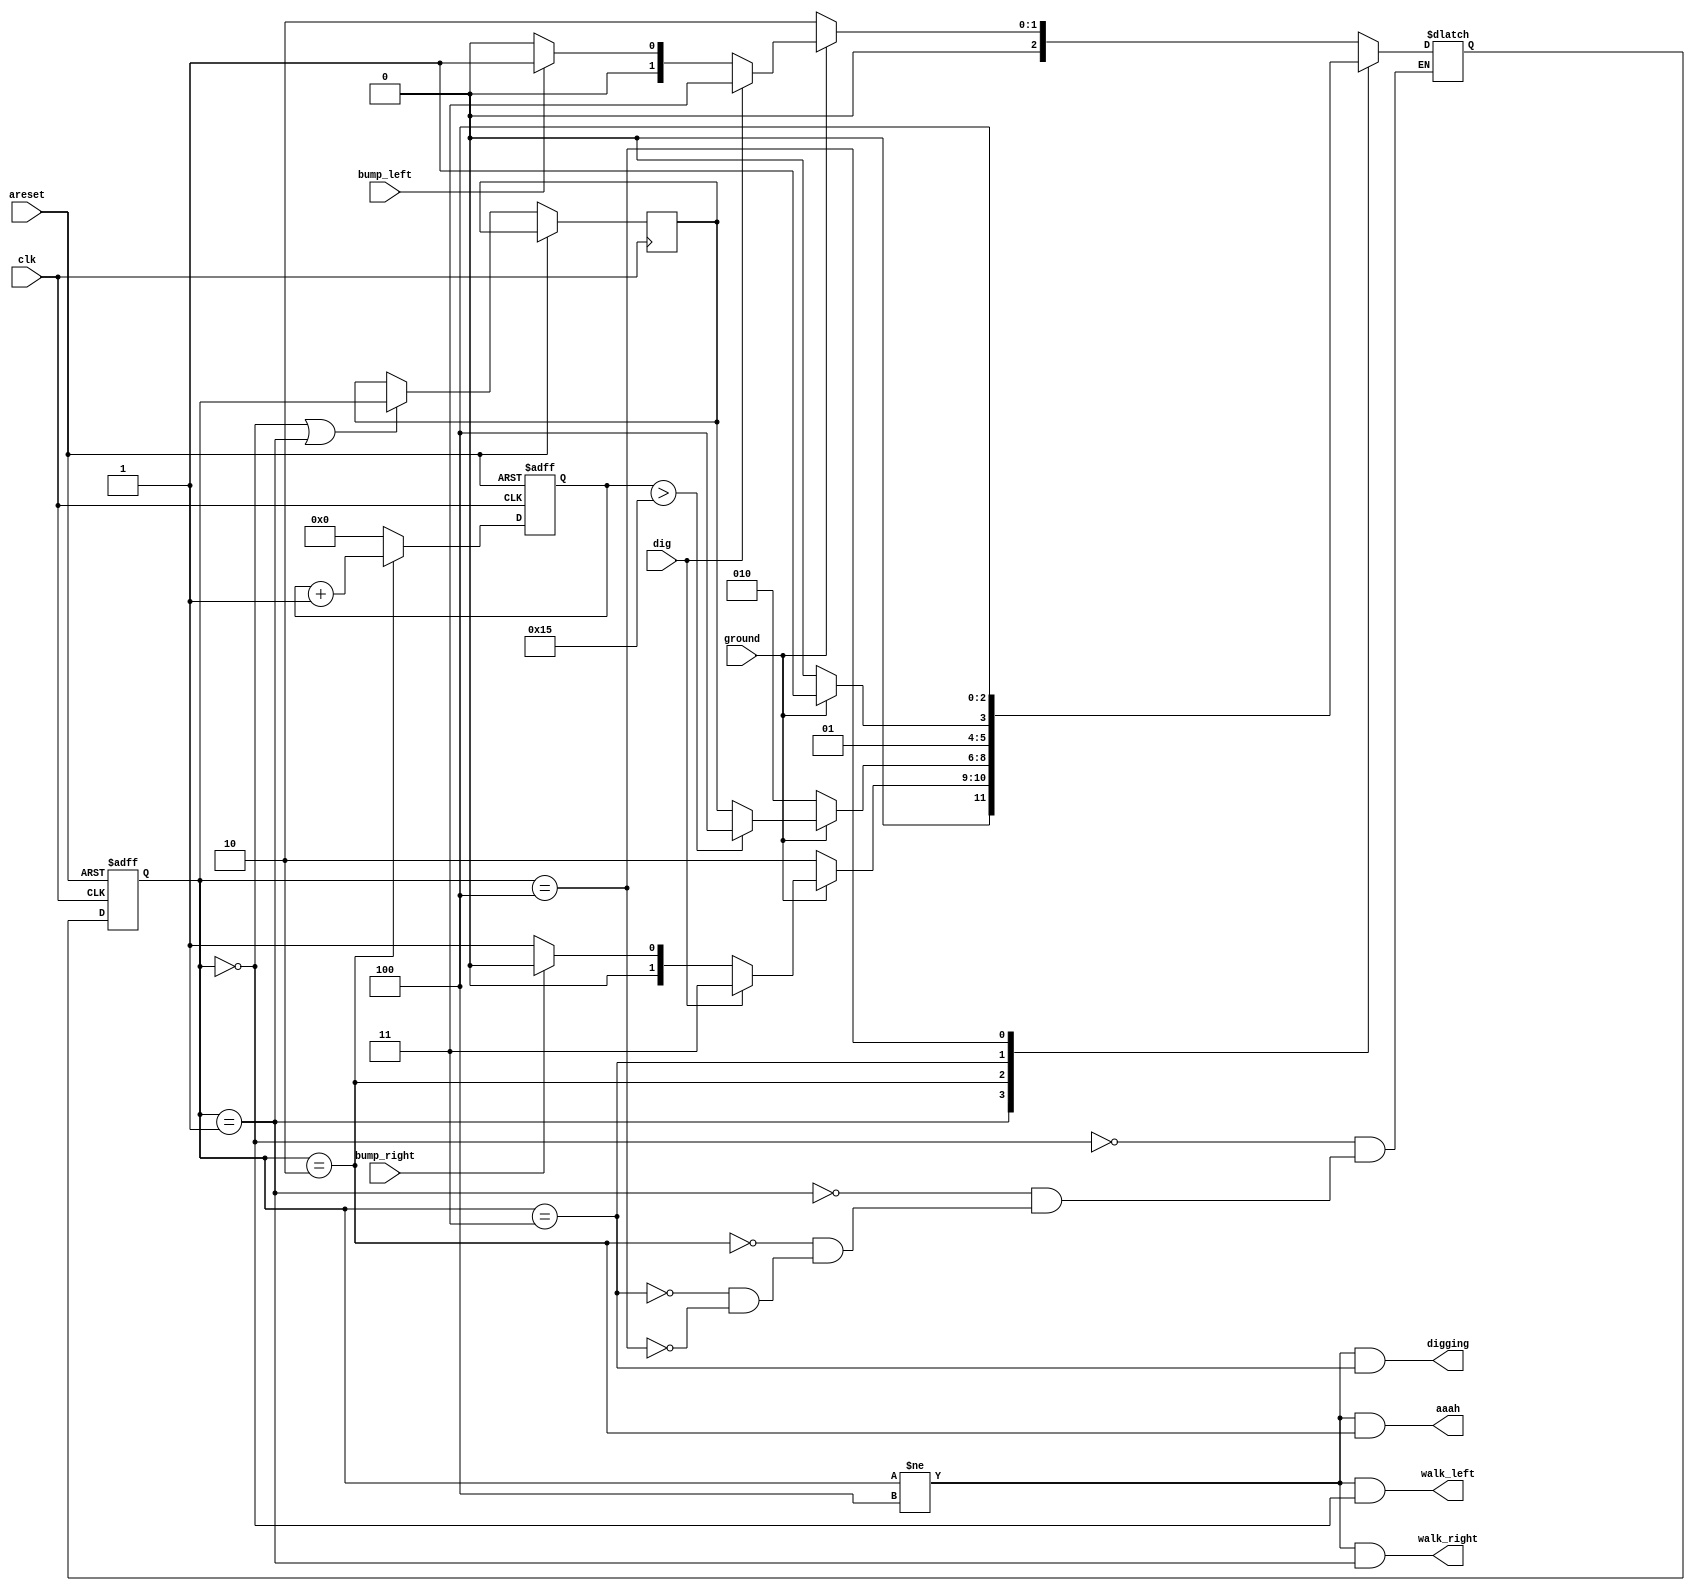
module top_module(
    input clk,
    input areset,    // Freshly brainwashed Lemmings walk left.
    input bump_left,
    input bump_right,
    input ground,
    input dig,
    output walk_left,
    output walk_right,
    output aaah,
    output digging 
); 

    reg [2:0] state, next_state, last_state;
    reg [4:0] counter='0;
    
    parameter LEFT=0, RIGHT=1, FALL=2, DIG=3, SPLATTER=4;
    
    always @(posedge clk or posedge areset) begin
        // State flip-flops with asynchronous reset
        if (areset) begin 
            state <= LEFT;
            counter <= '0;
        end
        else begin 
            state <= next_state;
            counter <= (state == FALL) ? counter + 1'b1 : '0; 
            
            if (state == LEFT || state == RIGHT) last_state <= state;
            else last_state <= last_state;
        end
    end
    
    always @(*) begin
        // State transition logic
        case (state)
            LEFT: begin
                if (ground) next_state = dig ? DIG : (bump_left ? RIGHT : LEFT);
                else next_state = FALL;
            end
            RIGHT: begin
                if (ground) next_state = dig ? DIG : (bump_right ? LEFT : RIGHT);
                else next_state = FALL;
            end
            FALL:  begin
                if (ground) next_state = (counter > 21) ? SPLATTER : last_state;
                else next_state = FALL;
            end
            DIG: begin
                if (ground) next_state = DIG;
                else next_state = FALL;
            end
            SPLATTER: next_state = SPLATTER;
        endcase
    end
    
    // Output logic
    assign walk_left = (state != SPLATTER) & (state == LEFT);
    assign walk_right = (state != SPLATTER) & (state == RIGHT);
    assign aaah = (state != SPLATTER) & (state == FALL);
    assign digging = (state != SPLATTER) & (state == DIG);
endmodule